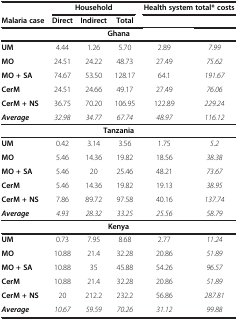
<table><thead><tr><td><b> </b></td><td colspan="3"><b>Household</b></td><td colspan="2"><b>Health system total* costs</b></td></tr><tr><td><b>Malaria case</b></td><td><b>Direct</b></td><td><b>Indirect</b></td><td><b>Total</b></td><td><b> </b></td><td><b> </b></td></tr></thead><tbody><tr><td colspan="6"><b>Ghana</b></td></tr><tr><td><b>UM</b></td><td>4.44</td><td>1.26</td><td>5.70</td><td>2.89</td><td><i>7.99</i></td></tr><tr><td><b>MO</b></td><td>24.51</td><td>24.22</td><td>48.73</td><td>27.49</td><td><i>75.62</i></td></tr><tr><td><b>MO + SA</b></td><td>74.67</td><td>53.50</td><td>128.17</td><td>64.1</td><td><i>191.67</i></td></tr><tr><td><b>CerM</b></td><td>24.51</td><td>24.66</td><td>49.17</td><td>27.49</td><td><i>76.06</i></td></tr><tr><td><b>CerM + NS</b></td><td>36.75</td><td>70.20</td><td>106.95</td><td>122.89</td><td><i>229.24</i></td></tr><tr><td><b><i>Average</i></b></td><td><i>32.98</i></td><td><i>34.77</i></td><td><i>67.74</i></td><td><i>48.97</i></td><td><i>116.12</i></td></tr><tr><td colspan="6"><b>Tanzania</b></td></tr><tr><td><b>UM</b></td><td>0.42</td><td>3.14</td><td>3.56</td><td>1.75</td><td><i>5.2</i></td></tr><tr><td><b>MO</b></td><td>5.46</td><td>14.36</td><td>19.82</td><td>18.56</td><td><i>38.38</i></td></tr><tr><td><b>MO + SA</b></td><td>5.46</td><td>20</td><td>25.46</td><td>48.21</td><td><i>73.67</i></td></tr><tr><td><b>CerM</b></td><td>5.46</td><td>14.36</td><td>19.82</td><td>19.13</td><td><i>38.95</i></td></tr><tr><td><b>CerM + NS</b></td><td>7.86</td><td>89.72</td><td>97.58</td><td>40.16</td><td><i>137.74</i></td></tr><tr><td><b><i>Average</i></b></td><td><i>4.93</i></td><td><i>28.32</i></td><td><i>33.25</i></td><td><i>25.56</i></td><td><i>58.79</i></td></tr><tr><td colspan="6"><b>Kenya</b></td></tr><tr><td><b>UM</b></td><td>0.73</td><td>7.95</td><td>8.68</td><td>2.77</td><td><i>11.24</i></td></tr><tr><td><b>MO</b></td><td>10.88</td><td>21.4</td><td>32.28</td><td>20.86</td><td><i>51.89</i></td></tr><tr><td><b>MO + SA</b></td><td>10.88</td><td>35</td><td>45.88</td><td>54.26</td><td><i>96.57</i></td></tr><tr><td><b>CerM</b></td><td>10.88</td><td>21.4</td><td>32.28</td><td>20.86</td><td><i>51.89</i></td></tr><tr><td><b>CerM + NS</b></td><td>20</td><td>212.2</td><td>232.2</td><td>56.86</td><td><i>287.81</i></td></tr><tr><td><b><i>Average</i></b></td><td><i>10.67</i></td><td><i>59.59</i></td><td><i>70.26</i></td><td><i>31.12</i></td><td><i>99.88</i></td></tr></tbody></table>